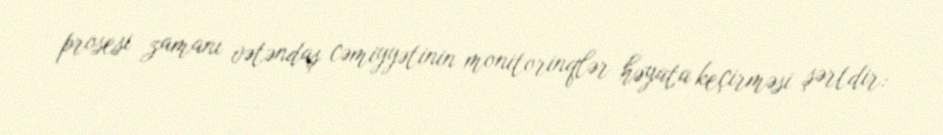
prosesi zamanı vətəndaş cəmiyyətinin monitorinqlər həyata keçirməsi şərtdir: